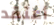
أعتقد